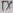
Text: TX